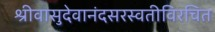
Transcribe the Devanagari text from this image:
श्रीवासुदेवानंदसरस्वतीविरचित